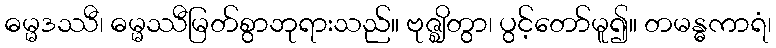
ဓမ္မဒဿီ၊ ဓမ္မဿီမြတ်စွာဘုရားသည်။ ဗုဇ္ဈိတွာ၊ ပွင့်တော်မူ၍။ တမန္ဓကာရံ၊